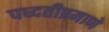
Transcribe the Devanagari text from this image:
पध्दतीप्रमाणे